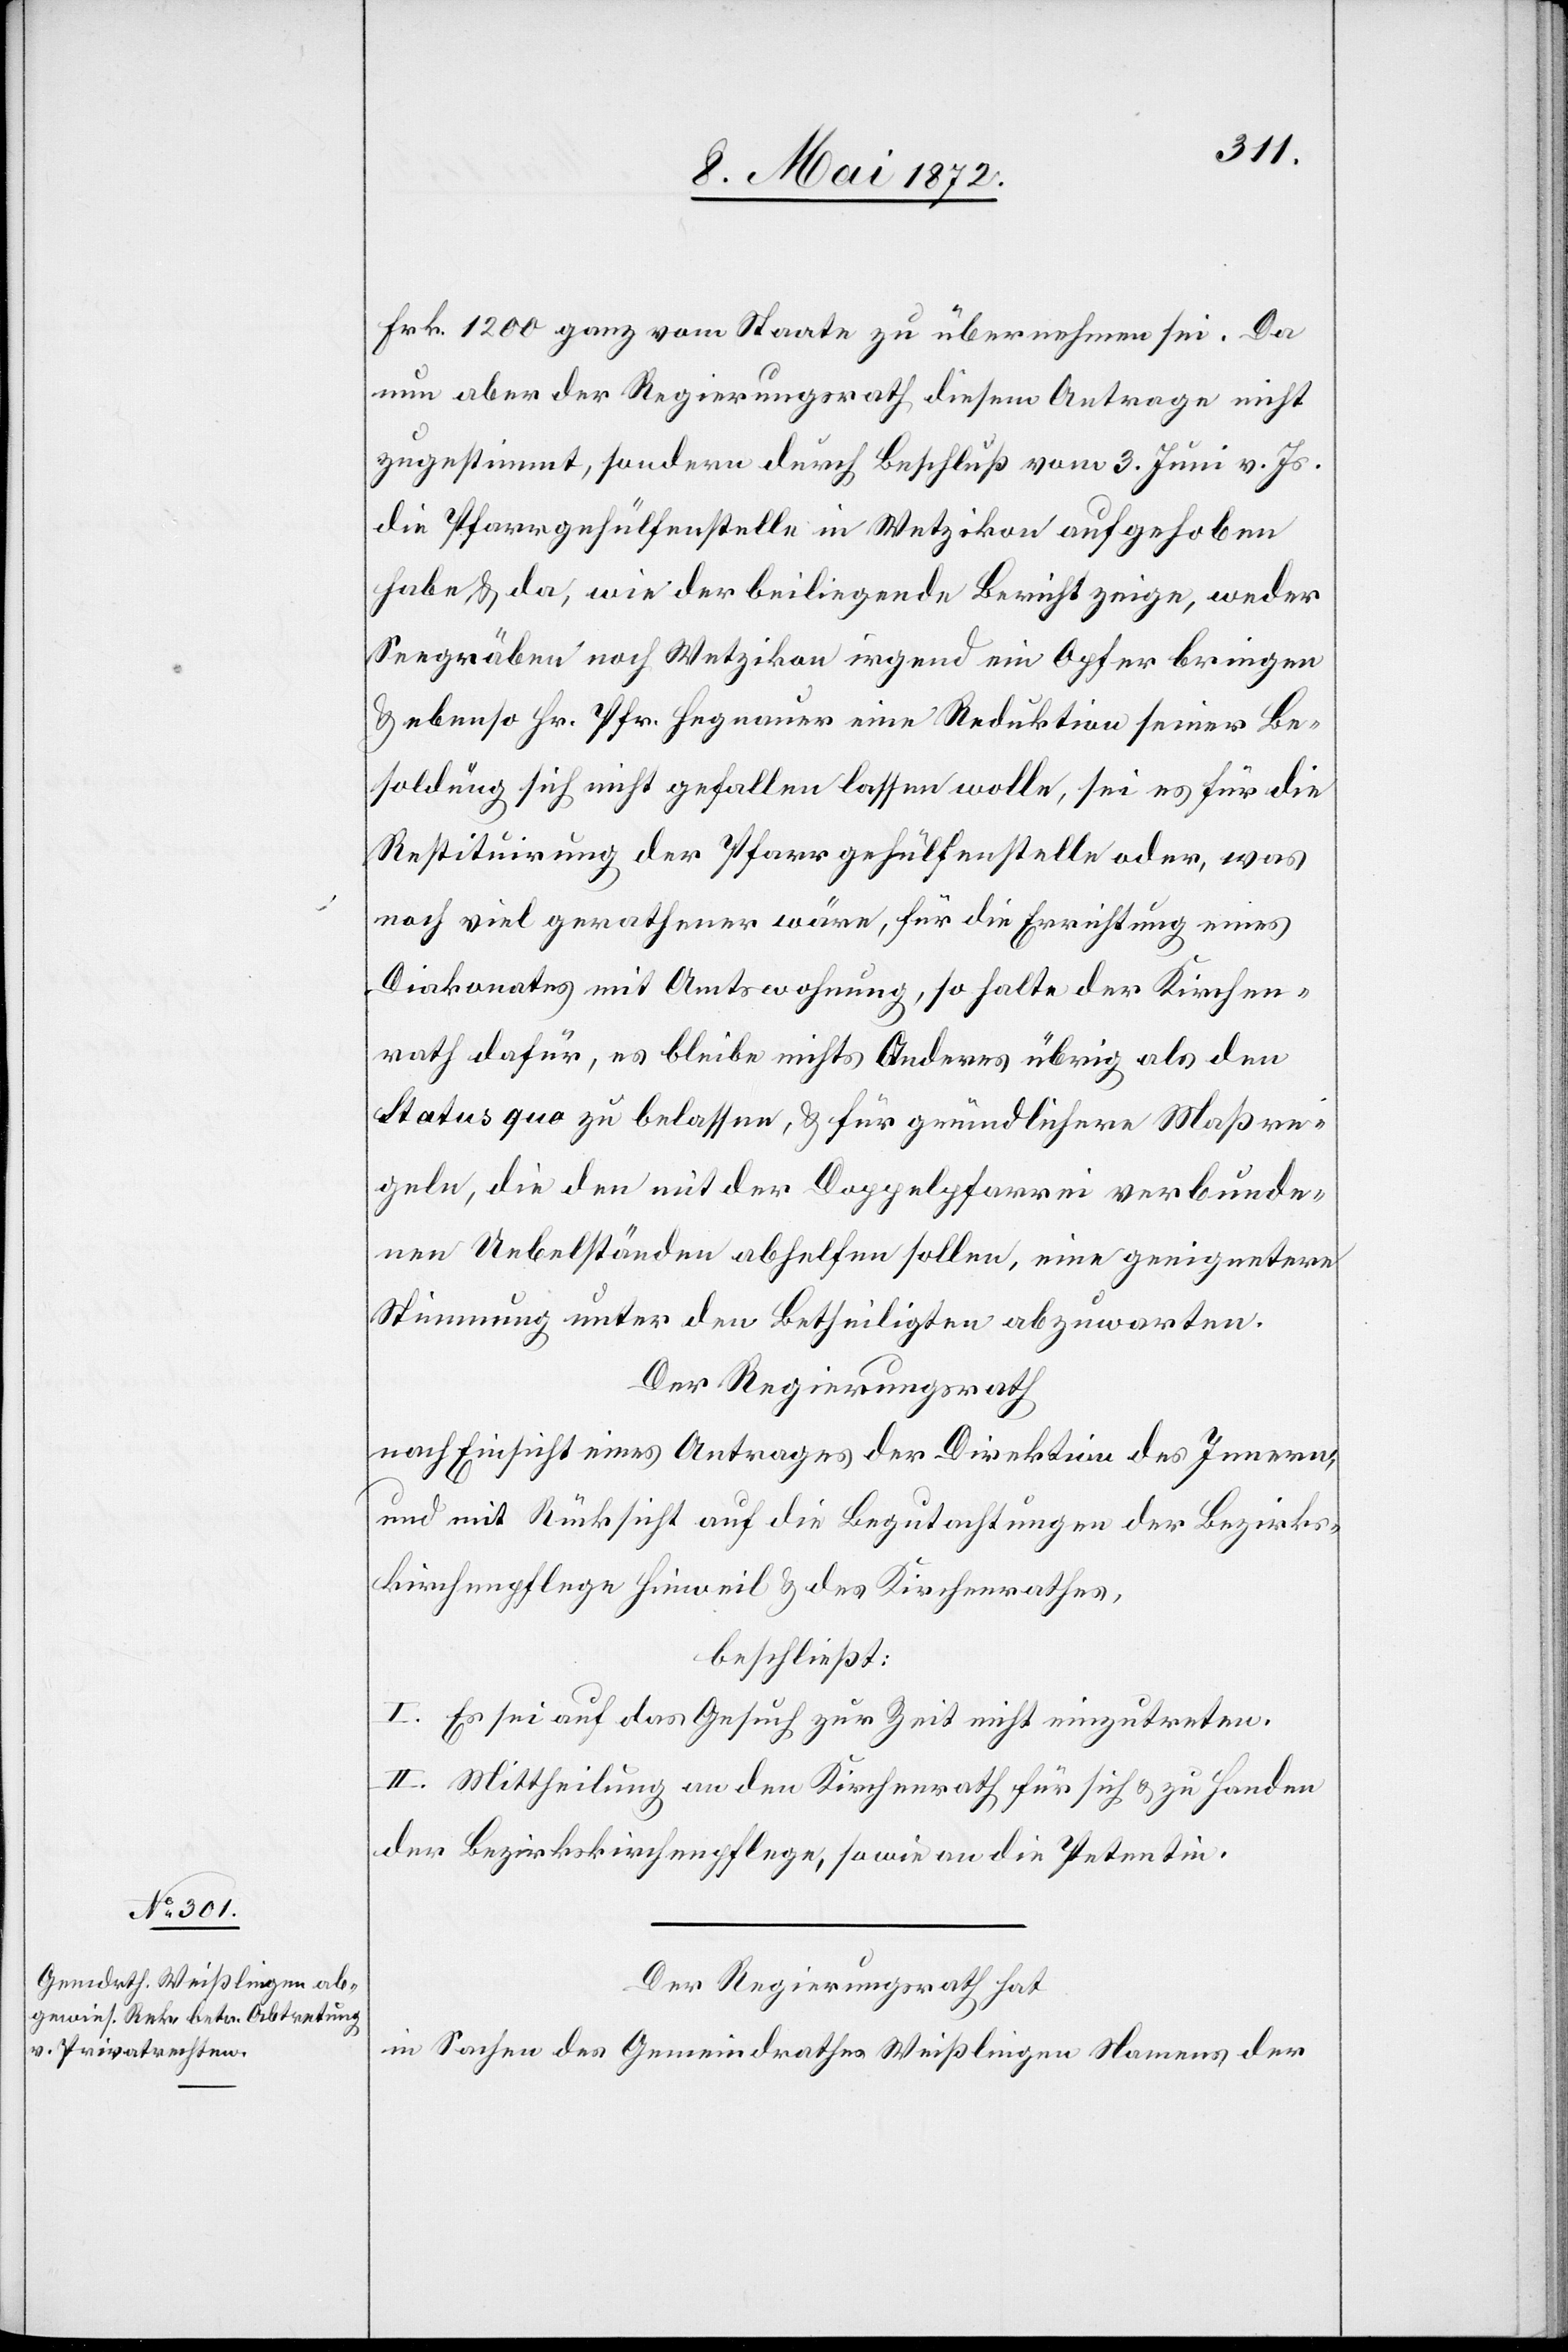
Frk. 1200 ganz vom Staate zu übernehmen sei. Da
nun aber der Regierungsrath diesem Antrage nicht
zugestimmt, sondern durch Beschluß vom 3. Juni v. Js.
die Pfarrgehülfenstelle in Wetzikon aufgehoben
habe, u. da, wie der beiliegende Bericht zeige, weder
Seegräben noch Wetzikon irgend ein Opfer bringen
u. ebenso Hr. Pfr. Hegnauer eine Reduktion seiner Be¬
soldung sich nicht gefallen lassen wolle, sei es für die
Restituirung der Pfarrgehülfenstelle oder, was
noch viel gerathener wäre, für die Errichtung eines
Diakonates mit Amtswohnung, so halte der Kirchen¬
rath dafür, es bleibe nichts Anderes übrig als den
Status quo zu belassen, u. für gründlichere Maßre¬
geln, die den mit der Doppelpfarrei verbunde¬
nen Uebelständen abhelfen sollen, eine geeignetere
Stimmung unter den Betheiligten abzuwarten:
Der Regierungsrath
nach Einsicht eines Antrages der Direktion des Innern,
und mit Rücksicht auf die Begutachtungen der Bezirks¬
kirchenpflege Hinweil u. des Kirchenrathes,
beschließt:
I. Es sei auf das Gesuch zur Zeit nicht einzutreten.
II. Mittheilung an den Kirchenrath für sich u. zu Handen
der Bezirkskirchenpflege, so wie an die Petentin.
Der Regierungsrath hat
in Sachen des Gemeindrathes Weißlingen Namens der